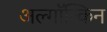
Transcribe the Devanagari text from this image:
अल्गॉन्किन